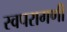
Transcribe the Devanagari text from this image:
स्वपरागणी